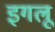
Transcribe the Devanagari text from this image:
इगलू